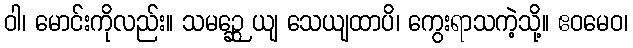
ဝါ၊ မောင်းကိုလည်း။ သမဉ္ဆေ ယျ သေယျထာပိ၊ ကွေးရာသကဲ့သို့။ ဧဝမေဝ၊